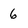
Character: 6